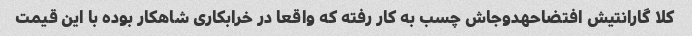
کلا گارانتیش افتضاحهدوجاش چسب به کار رفته که واقعا در خرابکاری شاهکار بوده با این قیمت